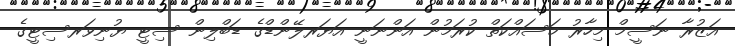
އަޒުރާ ނަސީމް މިހާރު މަސައްކަތް ކުރަމުން އަންނަނީ އަޔަރލޭންޑްގެ ޑަބްލިން ސިޓީ ޔުނިވަރސިޓީގެ